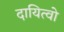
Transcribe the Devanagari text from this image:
दायित्वो